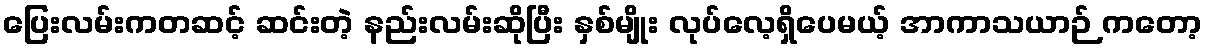
ပြေးလမ်းကတဆင့် ဆင်းတဲ့ နည်းလမ်းဆိုပြီး နှစ်မျိုး လုပ်လေ့ရှိပေမယ့် အာကာသယာဉ် ကတော့